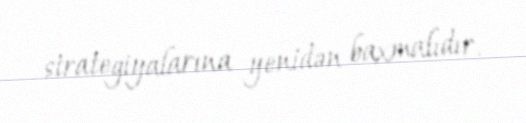
strategiyalarına yenidən baxmalıdır.